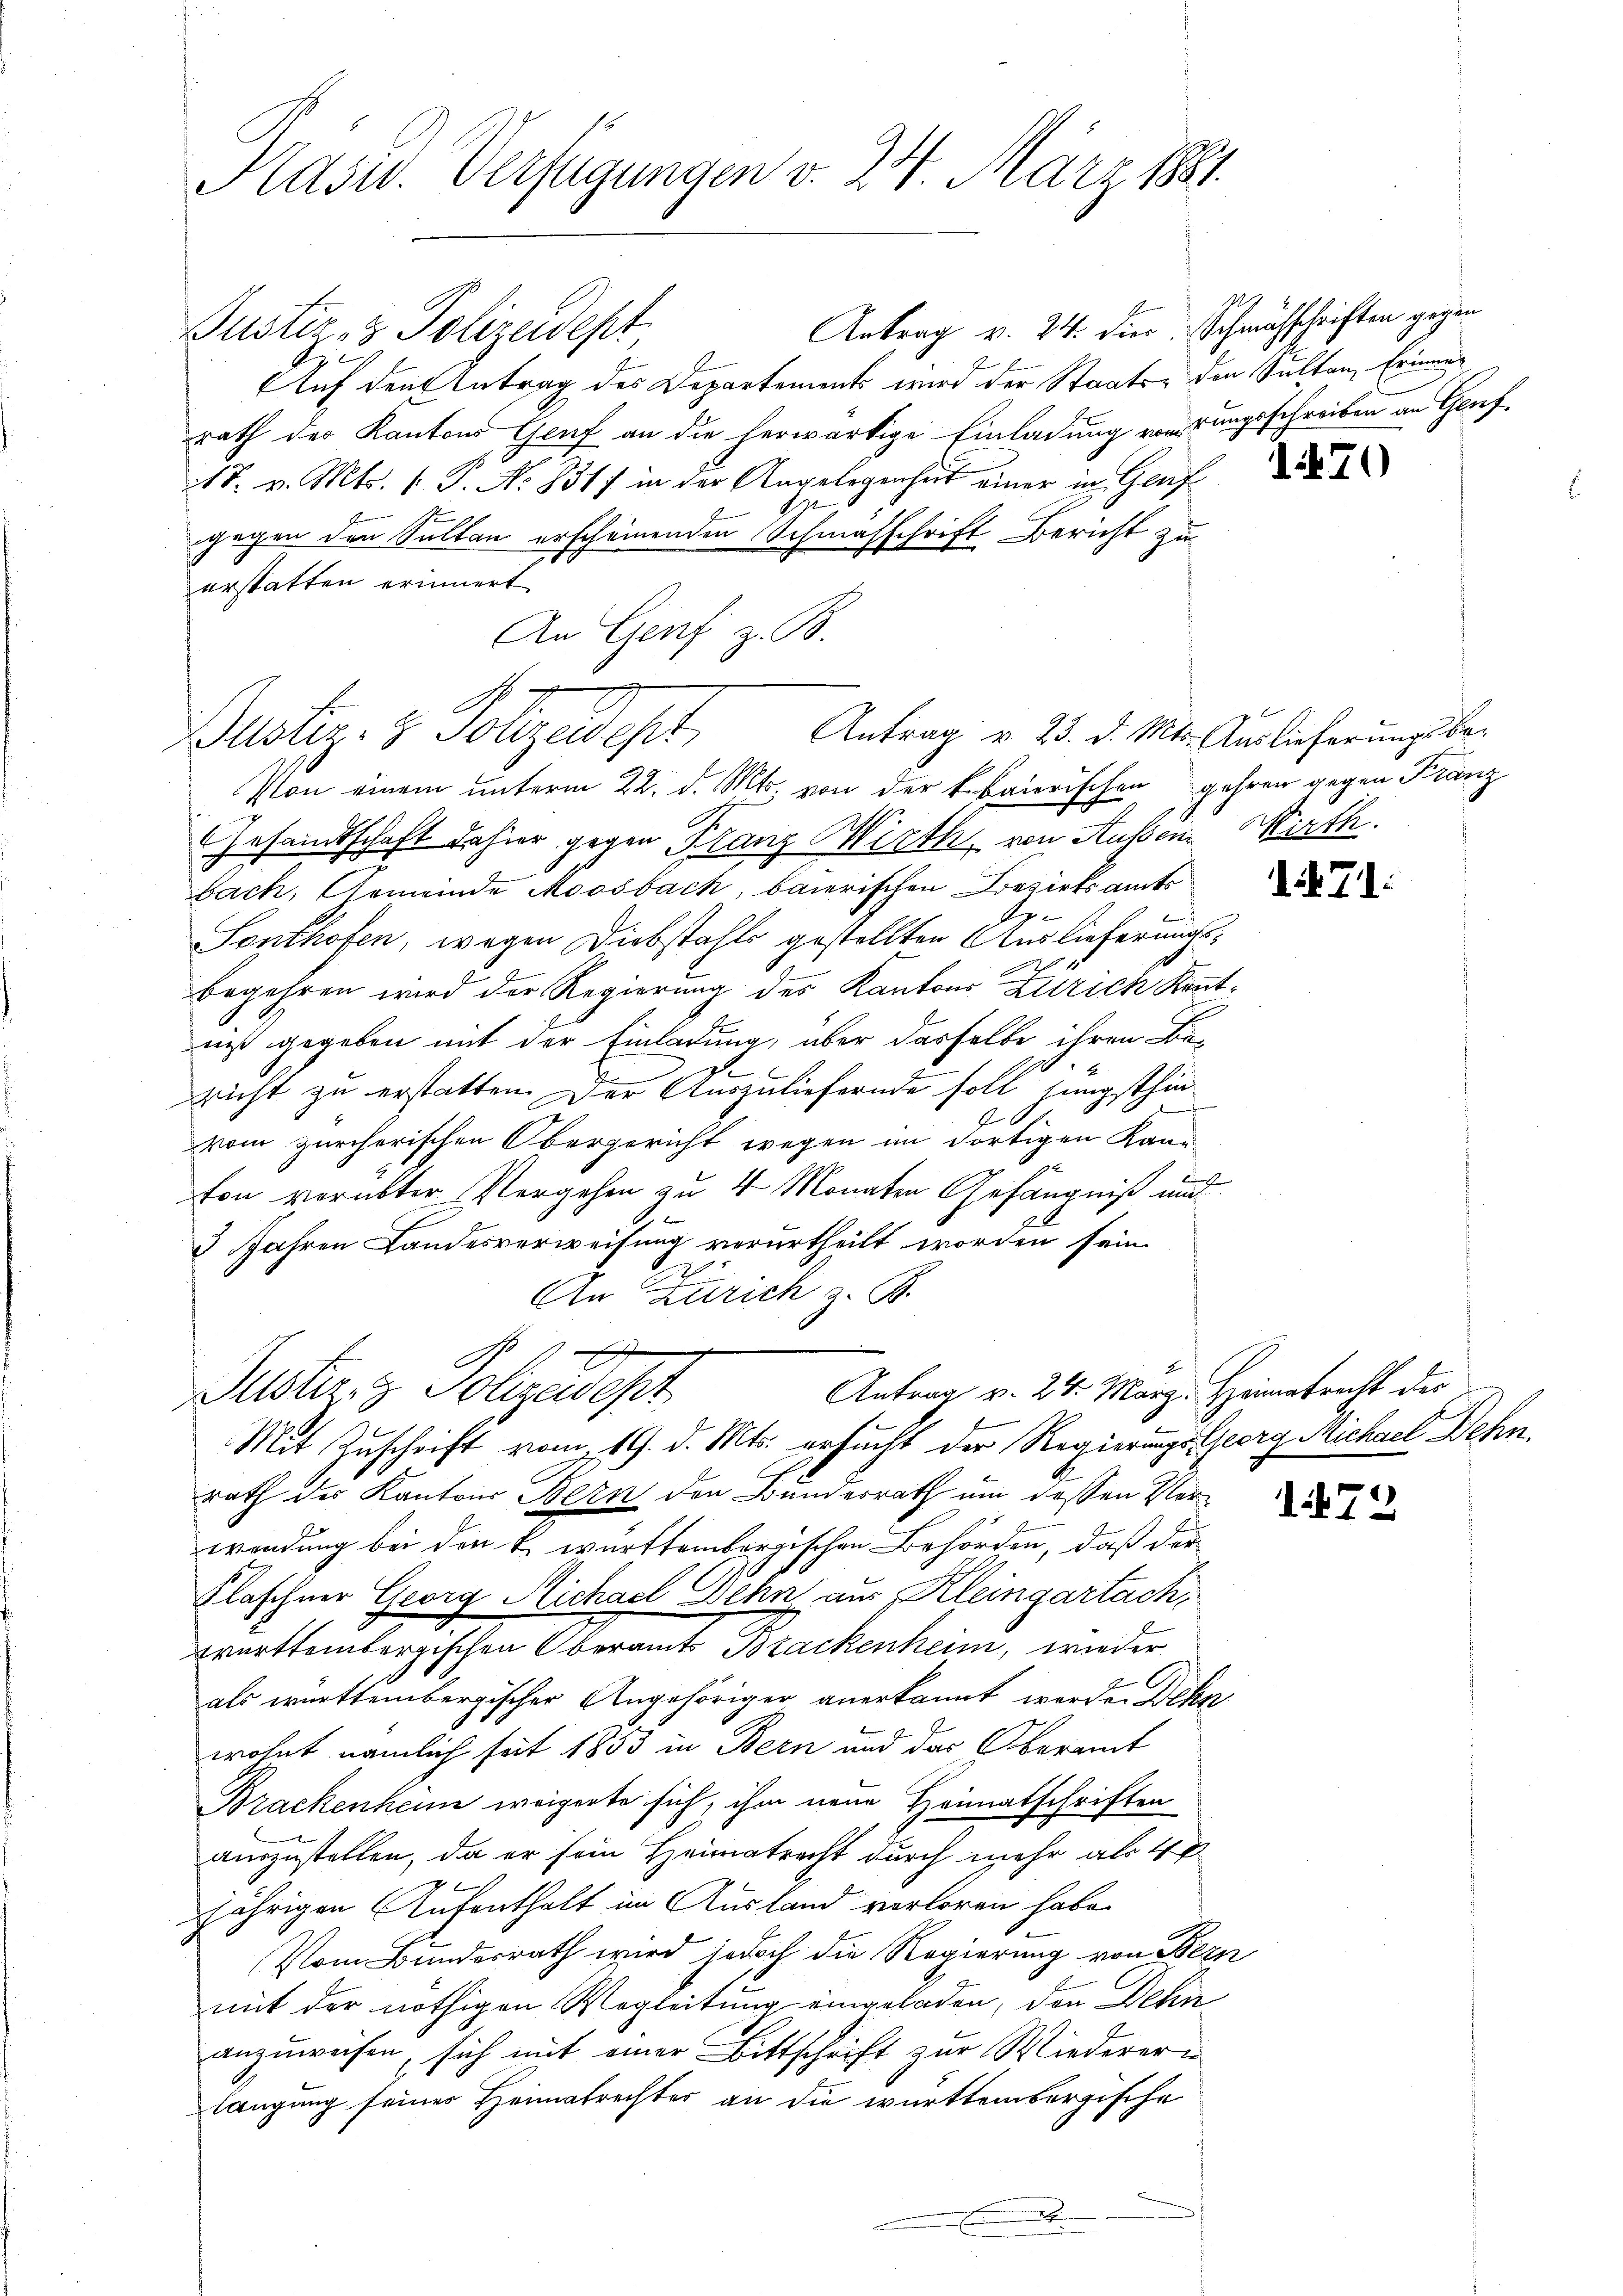
Präsid. Verfügungen v. 24. März 1841.

Bustiz- & Polizedept,

Antrag v. 24. die Schmähschriften gegen
Justiz- & Polizeidept
Auf den Antrag des Departements wird der Staaten den Sultan, Erinnen
rath der Kantons Genf an die herwärtige Einladung vorrungsschreiben an Genf¬
18. v. Mts. 1. P. No 8317 in der Angelegenheit einer in Genf
d
gegen den Sultan erscheinenden Schmasschrift Bericht zu
erstatten erinnert
An Genf z. B.
Von einem unterm 22. d. Mts. von der bebaierischen gehren gegen Franz
Gesamtschaft dahier gegen Planz Wirth von Aussen Wirth
2
bach, Gemeinde Moosbach, baierischen Bezirksamts
Sonthofen, wegen Diebstahls gestellten Auslieferungs¬
1
begehren wird der Regierung des Kantons Zürich Kenntniß gegeben mit der Einladung, über dasselbe ihren Be-
richt zu erstatten. Der Auszuliefernde soll jüngsthin
.
vom zürcherischen Obergericht wegen im dortigen Kanton verübter Vergehen zu 4 Monaten Gefängniß und
3 Jahren Landesverweisung verurtheilt worden sein.
t
An Zürich z. B.
1

Antrag v. 24. März. Heimatrecht der
Justiz- & Polizeidest
Mit Zuschrift vom 19. d. Mts. ersucht der Regierungs-Georg Michael Dehn.

Antrag v. 23. d. Mts. Auslieferungsbe-

rath des Kantons Bern den Bundesrath um dessen Verwendung bei den k. württembergischen Behörden, daß der
Flaschner Georg Richael Sehns aus Kleingartach,
württembergischen Oberamts Brackenheim, wieder
als württembergischer Angehöriger anerkannt werde. Dehn
wohnt nämlich seit 1853 in Bern und das Oberamt
Brackenheim weigerte sich, ihm neue Heimatschriften
auszustellen, da er sein Heimatrecht durch mehr als 4 f
jährigen Aufenthalt im Ausland verloren habe.
Vom Bundesrath wird jedoch die Regierung von Bern
mit der nöthigen Wegleitung eingeladen, den Dehn
anzuweisen, sich mit einer Bittschrift zur Wiedererin
langung seines Heimatrechtes an die württembergische
E

470

71:

1472